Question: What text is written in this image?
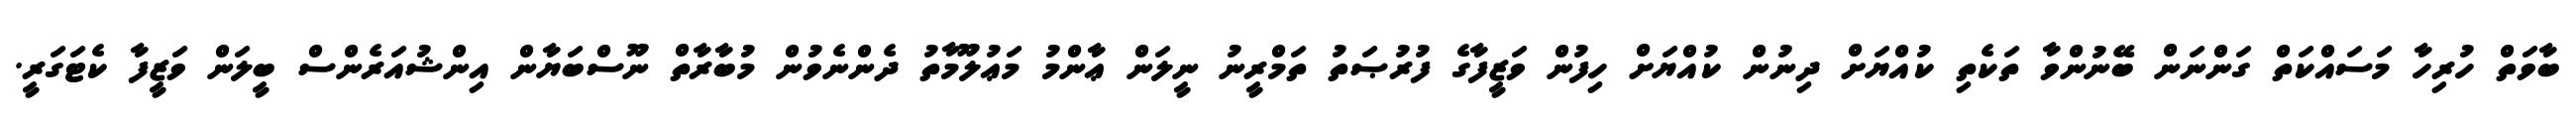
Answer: ބާވަތް ހުރިހާ މަސައްކަތް ގަންނަން ބޭނުންވާ ތަކެތި ކުއްޔަށް ދިނުން ކުއްޔަށް ހިފުން ވަޒީފާގެ ފުރުޞަތު ތަމްރީނު ނީލަން ޢާންމު މަޢުލޫމާތު ދެންނެވުން މުބާރާތް ނޫސްބަޔާން އިންޝުއަރެންސް ބީލަން ވަޒީފާ ކެޓަގަރީ.